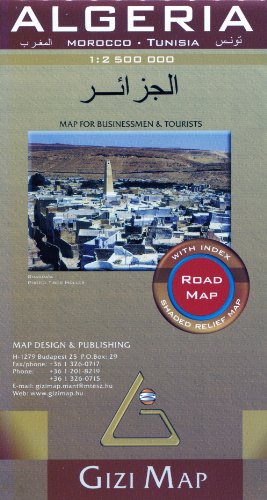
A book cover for Algeria, Morocco & Tunisia 1:2,500,000 Road and Travel Map GIZI; Gizella Bassa; Travel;